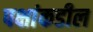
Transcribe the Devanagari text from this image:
पक्षांकडील